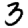
Digit: 3